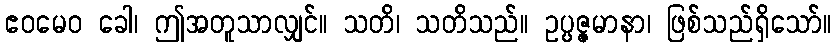
ဧဝမေဝ ခေါ၊ ဤအတူသာလျှင်။ သတိ၊ သတိသည်။ ဥပ္ပဇ္ဇမာနာ၊ ဖြစ်သည်ရှိသော်။